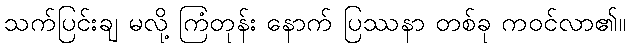
သက်ပြင်းချ မလို့ ကြံတုန်း နောက် ပြဿနာ တစ်ခု ကဝင်လာ၏။